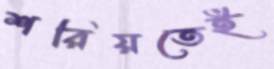
শরিয়তেই